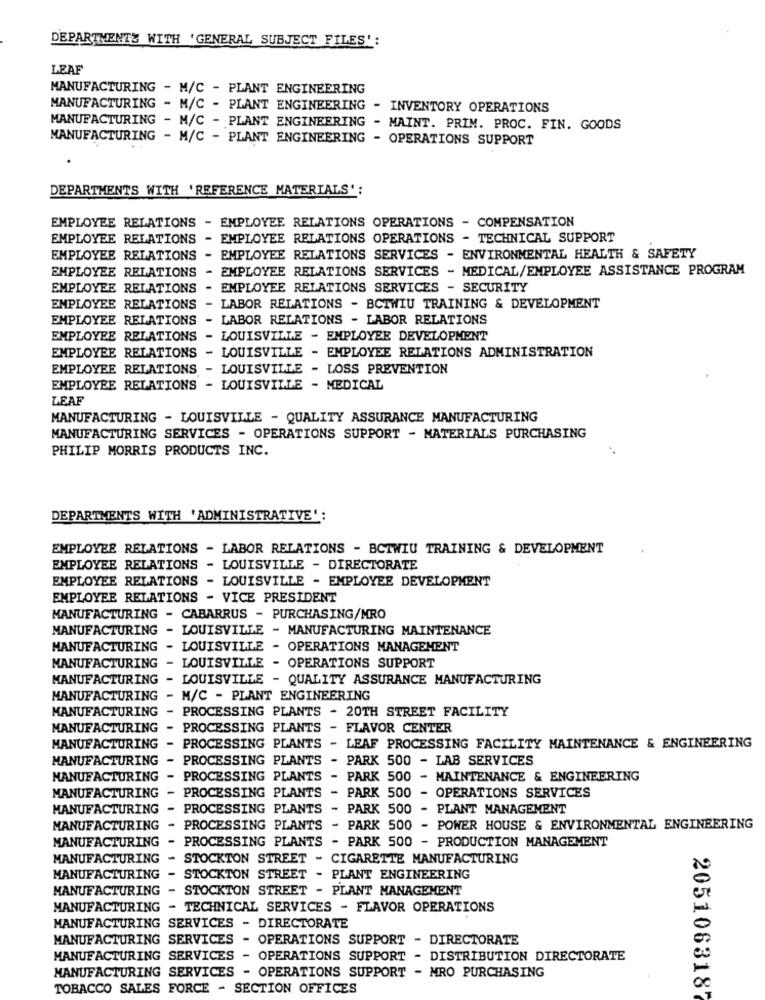
DEPARTMENTS WITH 'GENERAL SUBJECT FILES':
LEAF
MANUFACTURING - M/C - PLANT ENGINEERING
MANUFACTURING
M/C - PLANT ENGINEERING - INVENTORY OPERATIONS
MANUFACTURING - M/C - PLANT ENGINEERING - MAINT. PRIM. PROC. FIN. GOODS
MANUFACTURING - M/C - PLANT ENGINEERING - OPERATIONS SUPPORT
DEPARTMENTS WITH 'REFERENCE MATERIALS':
EMPLOYEE RELATIONS - EMPLOYEE RELATIONS OPERATIONS - COMPENSATION
EMPLOYEE RELATIONS - EMPLOYEE RELATIONS OPERATIONS - TECHNICAL SUPPORT
EMPLOYEE RELATIONS - EMPLOYEE RELATIONS SERVICES - ENVIRONMENTAL HEALTH & SAFETY
EMPLOYEE RELATIONS
- EMPLOYEE RELATIONS SERVICES - MEDICAL/EMPLOYEE ASSISTANCE PROGRAM
EMPLOYEE RELATIONS - EMPLOYEE RELATIONS SERVICES - SECURITY
EMPLOYEE RELATIONS
- LABOR RELATIONS - BCTWIU TRAINING & DEVELOPMENT
EMPLOYEE RELATIONS - LABOR RELATIONS - LABOR RELATIONS
EMPLOYEE
RELATIONS - LOUISVILLE - EMPLOYEE DEVELOPMENT
EMPLOYEE RELATIONS
- LOUISVILLE - EMPLOYEE RELATIONS ADMINISTRATION
EMPLOYEE RELATIONS - LOUISVILLE - LOSS PREVENTION
EMPLOYEE RELATIONS - LOUISVILLE - MEDICAL
LEAF
MANUFACTURING - LOUISVILLE - QUALITY ASSURANCE MANUFACTURING
MANUFACTURING SERVICES - OPERATIONS SUPPORT - MATERIALS PURCHASING
PHILIP MORRIS PRODUCTS INC.
DEPARTMENTS WITH 'ADMINISTRATIVE':
EMPLOYEE RELATIONS - LABOR RELATIONS - BCTWIU TRAINING & DEVELOPMENT
EMPLOYEE RELATIONS - LOUISVILLE - DIRECTORATE
EMPLOYEE RELATIONS - LOUISVILLE - EMPLOYEE DEVELOPMENT
EMPLOYEE RELATIONS - VICE PRESIDENT
MANUFACTURING - CABARRUS - PURCHASING/MRO
MANUFACTURING - LOUISVILLE - MANUFACTURING MAINTENANCE
MANUFACTURING - LOUISVILLE - OPERATIONS MANAGEMENT
MANUFACTURING - LOUISVILLE - OPERATIONS SUPPORT
MANUFACTURING - LOUISVILLE - QUALITY ASSURANCE MANUFACTURING
MANUFACTURING
- M/C - PLANT ENGINEERING
MANUFACTURING
- PROCESSING PLANTS
- 20TH STREET FACILITY
MANUFACTURING
-
PROCESSING PLANTS
FLAVOR CENTER
-
MANUFACTURING
PROCESSING PLANTS
LEAF PROCESSING FACILITY MAINTENANCE & ENGINEERING
MANUFACTURING
-
PROCESSING PLANTS
PARK 500 - LAB SERVICES
MANUFACTURING
- PROCESSING PLANTS
-
PARK 500 - MAINTENANCE & ENGINEERING
-
MANUFACTURING
- PROCESSING PLANTS
PARK 500 - OPERATIONS SERVICES
MANUFACTURING
- PROCESSING PLANTS
-
PARK 500 - PLANT MANAGEMENT
MANUFACTURING - PROCESSING PLANTS - PARK 500 - POWER HOUSE & ENVIRONMENTAL ENGINEERING
MANUFACTURING - PROCESSING PLANTS - PARK 500 - PRODUCTION MANAGEMENT
MANUFACTURING - STOCKTON STREET - CIGARETTE MANUFACTURING
MANUFACTURING - STOCKTON STREET - PLANT ENGINEERING
MANUFACTURING - STOCKTON STREET - PLANT MANAGEMENT
MANUFACTURING - TECHNICAL SERVICES - FLAVOR OPERATIONS
MANUFACTURING SERVICES - DIRECTORATE
MANUFACTURING SERVICES
OPERATIONS SUPPORT - DIRECTORATE
MANUFACTURING SERVICES - OPERATIONS SUPPORT - DISTRIBUTION DIRECTORATE
MANUFACTURING SERVICES - OPERATIONS SUPPORT - MRO PURCHASING
TOBACCO SALES FORCE - SECTION OFFICES
205106318